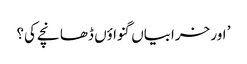
’ اور خرابیاں گنواؤں ڈھانچے کی؟